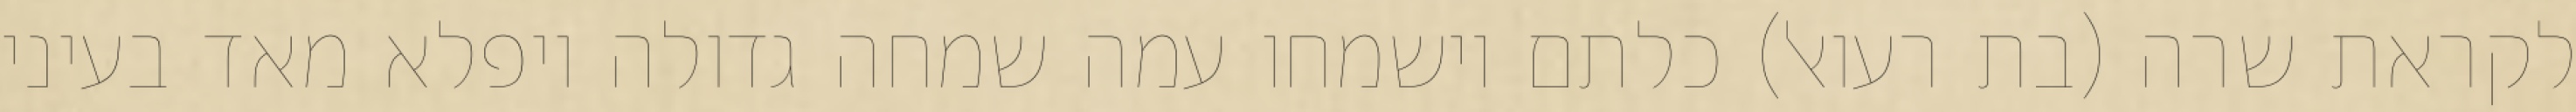
לקראת שרה (בת רעואל) כלתם וישמחו עמה שמחה גדולה ויפלא מאד בעיני